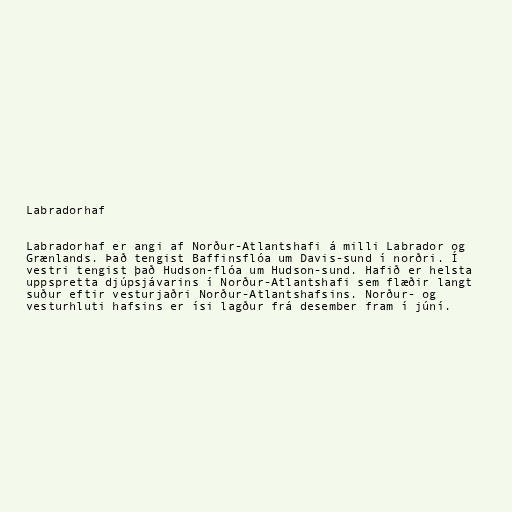
Labradorhaf

Labradorhaf er angi af Norður-Atlantshafi á milli Labrador og
Grænlands. Það tengist Baffinsflóa um Davis-sund í norðri. Í
vestri tengist það Hudson-flóa um Hudson-sund. Hafið er helsta
uppspretta djúpsjávarins í Norður-Atlantshafi sem flæðir langt
suður eftir vesturjaðri Norður-Atlantshafsins. Norður- og
vesturhluti hafsins er ísi lagður frá desember fram í júní.